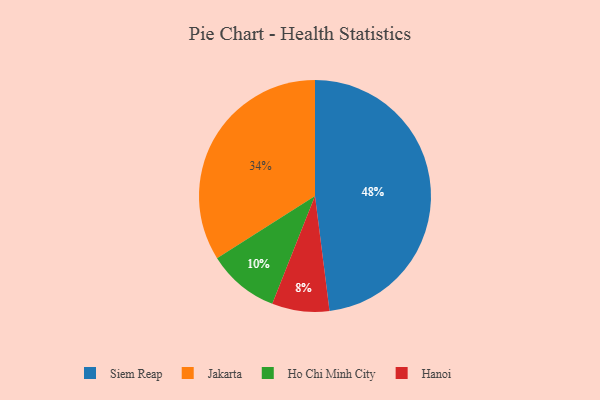
{"axis": {"x": "Category", "y": "Percentage"}, "legend": ["Hanoi", "Ho Chi Minh City", "Jakarta", "Siem Reap"], "data": [{"x": "Ho Chi Minh City", "y": 10, "type": "Ho Chi Minh City"}, {"x": "Siem Reap", "y": 48, "type": "Siem Reap"}, {"x": "Jakarta", "y": 34, "type": "Jakarta"}, {"x": "Hanoi", "y": 8, "type": "Hanoi"}]}